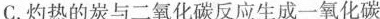
C.灼热的炭与二氧化碳反应生成一氧化碳